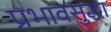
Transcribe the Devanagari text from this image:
प्रभावसुद्धा